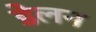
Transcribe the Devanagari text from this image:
डेलन